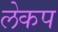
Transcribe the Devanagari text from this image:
लेकप